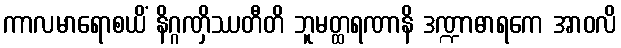
ကာလမာရောစယိံ နိဂ္ဂဏှိဿတီတိ ဘူမတ္ထရဏာနိ ဒဏ္ဍာဓာရကေ အာဝလိ